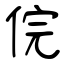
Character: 俒